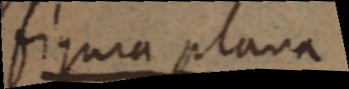
figura plana